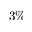
3 \%